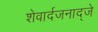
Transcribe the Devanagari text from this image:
शेवार्दजनाद्जे